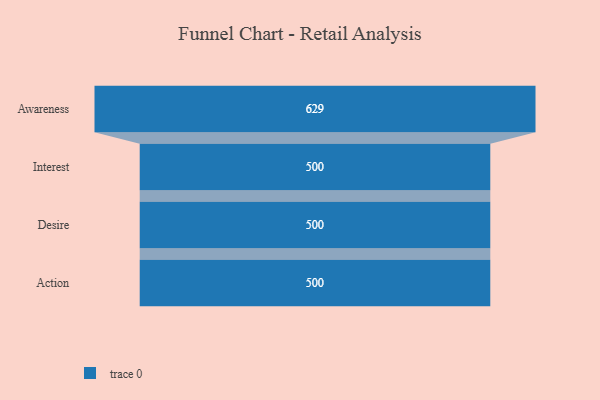
{"axis": {"x": "Stage", "y": "Value"}, "legend": [""], "data": [{"x": "Awareness", "y": 629.0, "type": ""}, {"x": "Interest", "y": 500, "type": ""}, {"x": "Desire", "y": 500, "type": ""}, {"x": "Action", "y": 500, "type": ""}]}